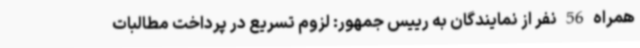
همراه 56 نفر از نمایندگان به رییس جمهور: لزوم تسریع در پرداخت مطالبات